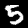
Label: 5